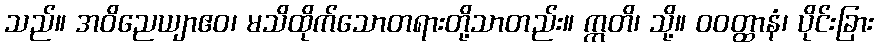
သည်။ အဝိညေယျာဧဝ၊ မသိထိုက်သောတရားတို့သာတည်း။ ဣတိ၊ သို့။ ဝဝတ္ထာနံ၊ ပိုင်းခြား